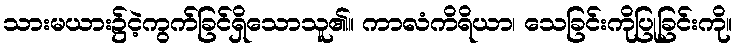
သားမယား၌ငဲ့ကွက်ခြင်ရှိသောသူ၏။ ကာလံကိရိယာ၊ သေခြင်းကိုပြုခြင်းကို။